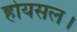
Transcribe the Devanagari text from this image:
होयसल।